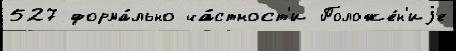
527 форма́льно ча́стност'и Положе́н'иjе